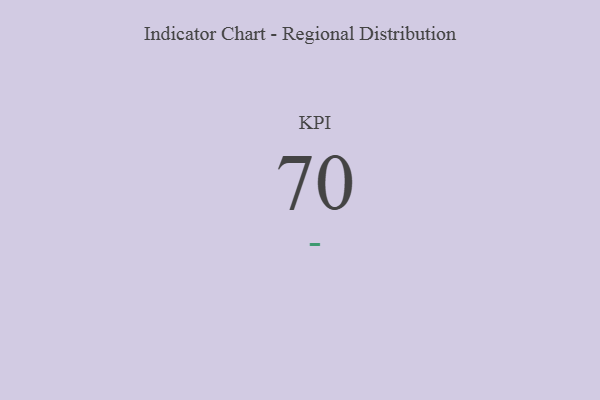
{"axis": {"x": "KPI", "y": "Value"}, "legend": [""], "data": [{"x": "KPI", "y": 70, "type": ""}]}